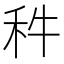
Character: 𥝫